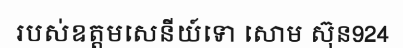
របស់ឧត្តមសេនីយ៍ទោ សោម ស៊ុន924